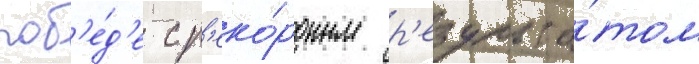
поб'е́д'е с р'еко́рдным р'езульта́том